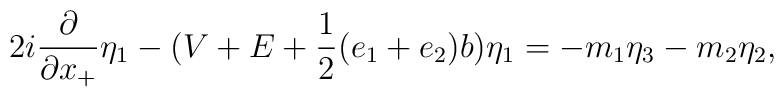
2i \frac{\partial}{\partial x_{+}} {\eta}_1 -(V+E + \frac{1}{2}(e_1+e_2)b ) {\eta}_1=  -m_1 {\eta}_3 - m_2 {\eta}_2,